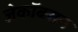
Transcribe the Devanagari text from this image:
जेकॉबसन